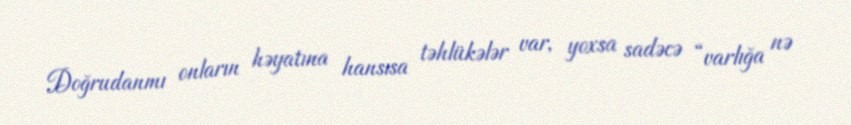
Doğrudanmı onların həyatına hansısa təhlükələr var, yoxsa sadəcə “varlığa nə